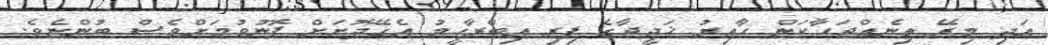
އަދި މިރޭ ތިނެއްޖަހާކަން ހާއިރު ޚަދީޖާގެ ފިރި އިބްރާހީމު އެގޭދޮށަށް ފޮނުވުމަށްވެސް ބުންޏެވެ.